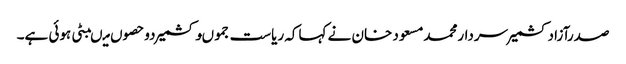
صدرآزادکشمیرسردارمحمدمسعود خان نے کہاکہ ریاست جموںوکشمیر دوحصوں میںبٹی ہوئی ہے۔